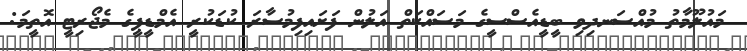
މައުލޫމާތު މުއްސަނދިވި ބީޑީއެސްސީގެ މަސައްކަތް އަލުން ފަށައިފިމުސާރަ ކުޑަކުރީ އެމްޑީޕީގެ މެޖޯރިޓީ އޮތީމަ: